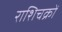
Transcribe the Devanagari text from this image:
राशिचक्रों